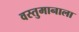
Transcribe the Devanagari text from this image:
वस्तुमानाला